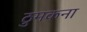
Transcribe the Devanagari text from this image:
ठुमकना